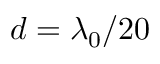
d = \lambda _ { 0 } / 2 0